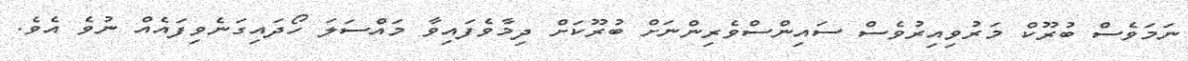
ނަމަވެސް ބުރޫކް މަރުވިއިރުވެސް ސައިންސްވެރިންނަށް ބުރޫކަށް ދިމާވެފައިވާ މައްސަލަ ހޯދައިގަނެވިފައެއް ނުވެ އެވެ.